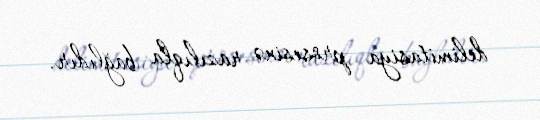
delimitasiya prosesinə razılıqla bağlıdır.